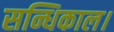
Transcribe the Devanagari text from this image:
सन्धिकाल।